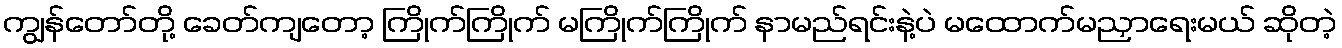
ကျွန်တော်တို့ ခေတ်ကျတော့ ကြိုက်ကြိုက် မကြိုက်ကြိုက် နာမည်ရင်းနဲ့ပဲ မထောက်မညှာရေးမယ် ဆိုတဲ့